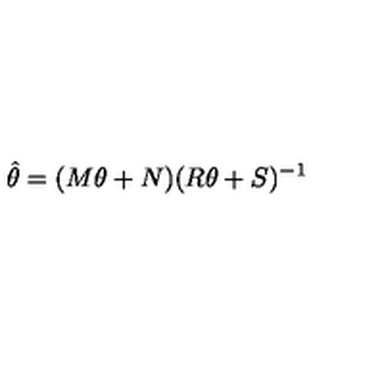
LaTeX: \hat { \theta } = ( M \theta + N ) ( R \theta + S ) ^ { - 1 }